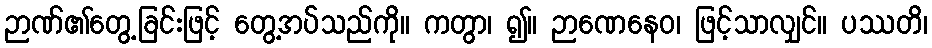
ဉာဏ်၏တွေ့ခြင်းဖြင့် တွေ့အပ်သည်ကို။ ကတွာ၊ ၍။ ဉာဏေနေဝ၊ ဖြင့်သာလျှင်။ ပဿတိ၊